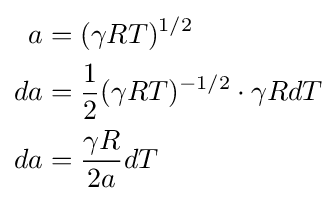
{\begin{aligned}a&=(\gamma RT)^{1/2}\\da&={\frac {1}{2}}(\gamma RT)^{-1/2}\cdot \gamma RdT\\da&={\frac {\gamma R}{2a}}dT\end{aligned}}